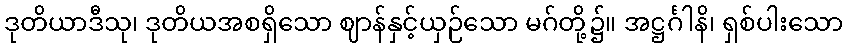
ဒုတိယာဒီသု၊ ဒုတိယအစရှိသော ဈာန်နှင့်ယှဉ်သော မဂ်တို့၌။ အဋ္ဌင်္ဂါနိ၊ ရှစ်ပါးသော